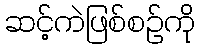
ဆင့်ကဲဖြစ်စဉ်ကို